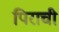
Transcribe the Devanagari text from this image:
पिराची